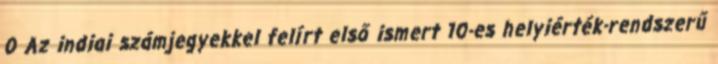
0 Az indiai számjegyekkel felírt első ismert 10-es helyiérték-rendszerű